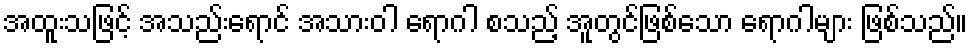
အထူးသဖြင့် အသည်းရောင် အသားဝါ ရောဂါ စသည့် အူတွင်ဖြစ်သော ရောဂါများ ဖြစ်သည်။